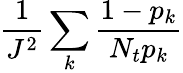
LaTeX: \frac{1}{J^{2}}\sum_{k}{\frac{1-p_{k}}{N_{t}p_{k}}}